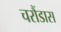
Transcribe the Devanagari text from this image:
चरौंडास